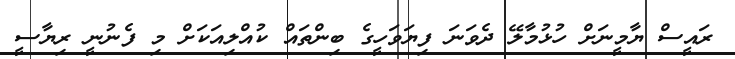
ރައީސް ޔާމީނަށް ހުޅުމާލޭ ދެވަނަ ފިޔަވަހީގެ ބިންތައް ކުއްލިއަކަށް މި ފެނުނީ ރިޔާސީ